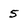
Character: 5